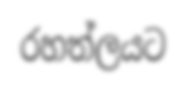
රහත්ලයට